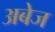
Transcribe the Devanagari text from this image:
अबेज